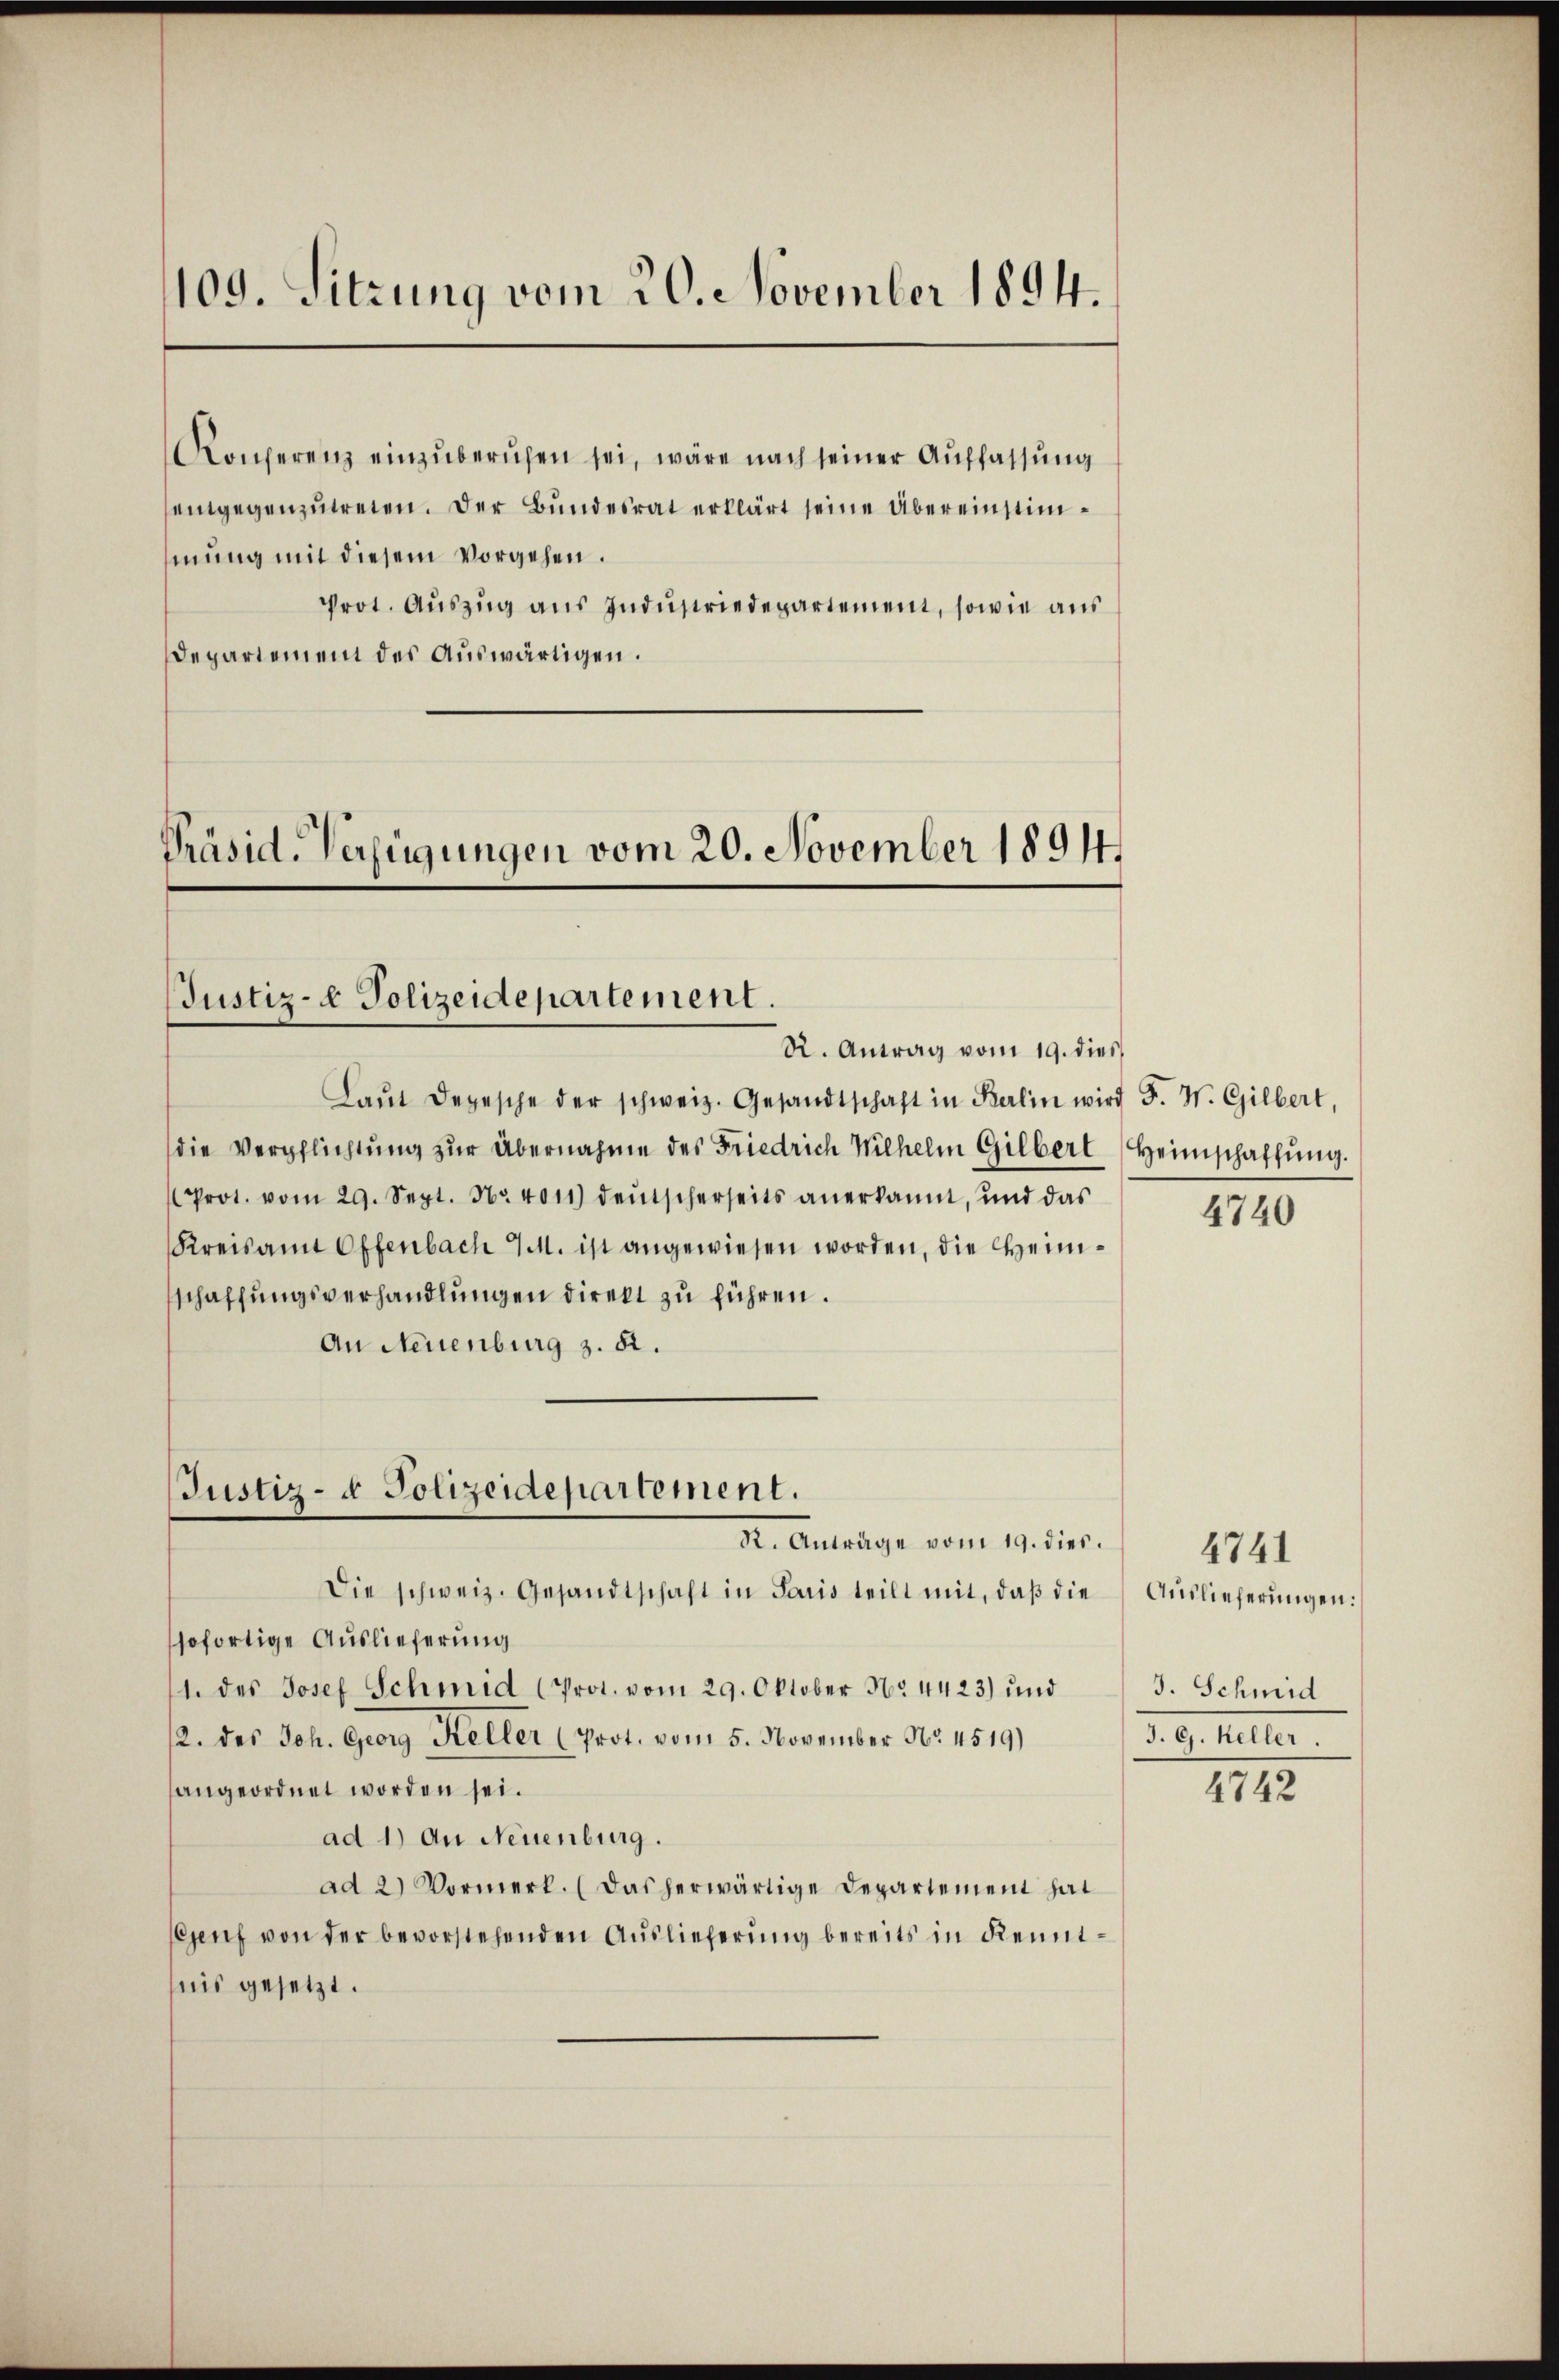
109. Sitzung vom 20. November 1894.

Konferenz einzuberuhen sei, wäre nach seiner Auffassung
entgegenzŭtreten. Der Bundesrat erklärt seine Übereinstimmung mit diesem Vorgehen.
Prot. Auszug aus Indŭstriedepartement, sowie aus
Departement des Auswärtigen.

Präsid. Verfügungen vom 20. November 1894
Justiz- & Polizeidepartement.
R. Antrag vom 19. dies

Justiz- & Polizeidepartement.
R. Anträge vom 19. dies.

Laŭt Depesche der schweiz. Gesandtschaft in Berlin wird F. W. Gilbert,
die Verpflichtŭng zŭr Übernahme des Friedrich Wilhelm Gilbert Heimschaffŭng.
Prot. vom 29. Sept. Nr. 4011) deŭtscherseits anerkannt, und das
Kreisamt Offenbach M. ist angewiesen worden, die Heimschaffungsverhandlungen direkt zu führen.
An Neuenburg z. B.

Die schweiz. Gesandtschaft in Paris teilt mit, daβ die Aŭslieferŭngen:
sofortige Auslieferung
1. des Josef Schmid (Prot. vom 29. Oktober Nr. 4423) und
12. des Joh. Georg Keller (Prot. vom 5. November No. 4519)
angeordnet worden sei.
ad 1) An Neuenburg.
ad 2) Vormerk. (das herwärtige Departement hat
(Genf von der bevorstehenden Auslieferung bereits in Kenntnis gesetzt.

4740

3. Schmid
J. G. Keller.

4741

4742